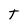
Character: t